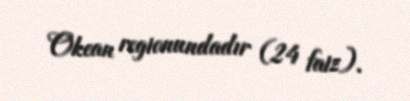
Okean regionundadır (24 faiz).